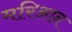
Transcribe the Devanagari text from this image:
मरिआन